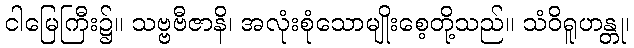
ငါမြေကြီး၌။ သဗ္ဗဗီဇာနိ၊ အလုံးစုံသောမျိုးစေ့တို့သည်။ သံဝိရူဟန္တု၊